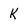
Character: k